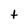
Character: t